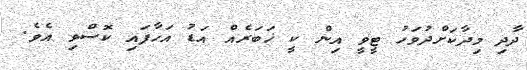
ދާދި މިދާކަށްދުވަހު ޓީވީ އިން ކީ ޚަބަރެއް އަޑު އަހާފައި ކޮސްވި އެވެ.